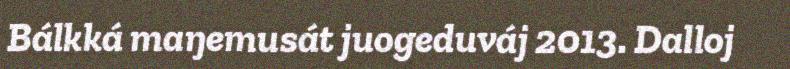
Bálkká maŋemusát juogeduváj 2013. Dalloj